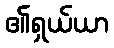
၏ရှယ်ယာ